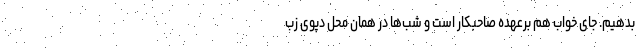
بدهیم. جای خواب هم برعهده صاحبکار است و شب‌ها در همان محل دپوی زب